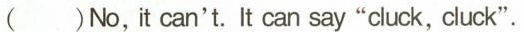
（） No,it can't. It can say"cluck, cluck".